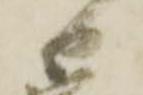
日